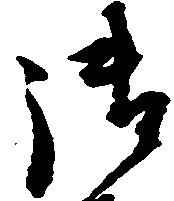
御